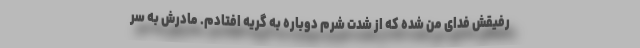
رفیقش فدای من شده که از شدت شرم دوباره به گریه افتادم. مادرش به سر